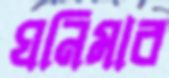
ঘনিমার